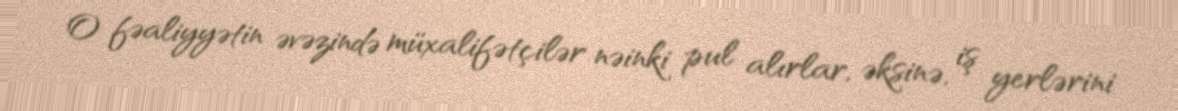
O fəaliyyətin əvəzində müxalifətçilər nəinki pul alırlar, əksinə, iş yerlərini